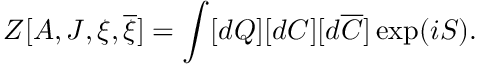
Z [ A , J , \xi , \overline { { { \xi } } } ] = \int [ d Q ] [ d C ] [ d \overline { { { C } } } ] \exp ( i S ) .